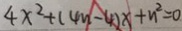
4 x ^ { 2 } + ( 4 m - 4 ) x + n ^ { 2 } = 0